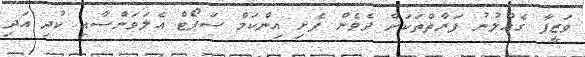
ވަޒީފާ ގެއްލުނު ފަރާތްތަކަށް ދެވެން ފެށި އިންކަމް ސަޕޯޓް އެލަވަންސާއި ކުދި އަދި